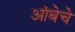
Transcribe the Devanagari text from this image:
आंबेचे